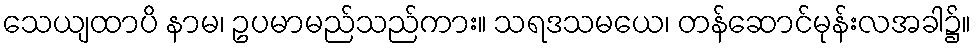
သေယျထာပိ နာမ၊ ဥပမာမည်သည်ကား။ သရဒသမယေ၊ တန်ဆောင်မုန်းလအခါ၌။